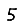
Digit: 5